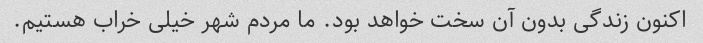
اکنون زندگی بدون آن سخت خواهد بود. ما مردم شهر خیلی خراب هستیم.